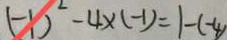
( - 1 ) ^ { 2 } - 4 \times ( - 1 ) = 1 - ( - 4 )